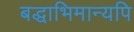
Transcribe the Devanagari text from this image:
बद्धाभिमान्यपि